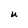
Character: U